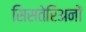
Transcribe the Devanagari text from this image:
सिसतेरिअनों